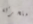
متحركة